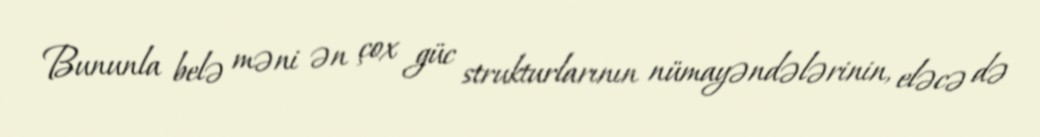
Bununla belə məni ən çox güc strukturlarının nümayəndələrinin, eləcə də